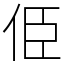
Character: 𠈄